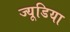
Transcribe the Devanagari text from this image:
ज्यूडिया